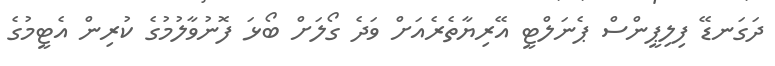
ދަގަނޑޭ ފިލިޕީންސް ޕެނަލްޓީ އޭރިޔާތެރެއަށް ވަދެ ގޯލަށް ބޯޅަ ފޮނުވާލުމުގެ ކުރިން އެޓީމުގެ